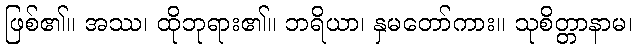
ဖြစ်၏။ အဿ၊ ထိုဘုရား၏။ ဘရိယာ၊ နှမတော်ကား။ သုစိတ္တာနာမ၊